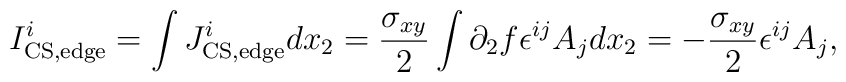
I^i_{\rm CS,edge}=\int J^i_{\rm CS,edge}dx_2={\sigma_{xy}\over 2}\int \partial_2 f\epsilon^{ij}A_j dx_2=-{\sigma_{xy}\over 2}\epsilon^{ij}A_j,